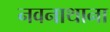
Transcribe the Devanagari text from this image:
नवनाथाना